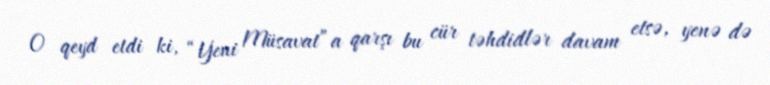
O qeyd etdi ki, “Yeni Müsavat”a qarşı bu cür təhdidlər davam etsə, yenə də